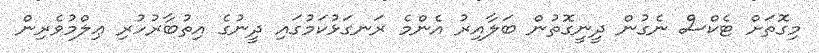
މިގޮތަށް ޓެކްސް ނެގުން ދީނީގޮތުން ބަލާއިރު އެންމެ ރަނގަޅުކަމުގައި ދީނުގެ އިތުބާރުހުރި ޢިލްމުވެރިން